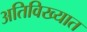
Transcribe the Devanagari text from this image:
अतिविख्यात